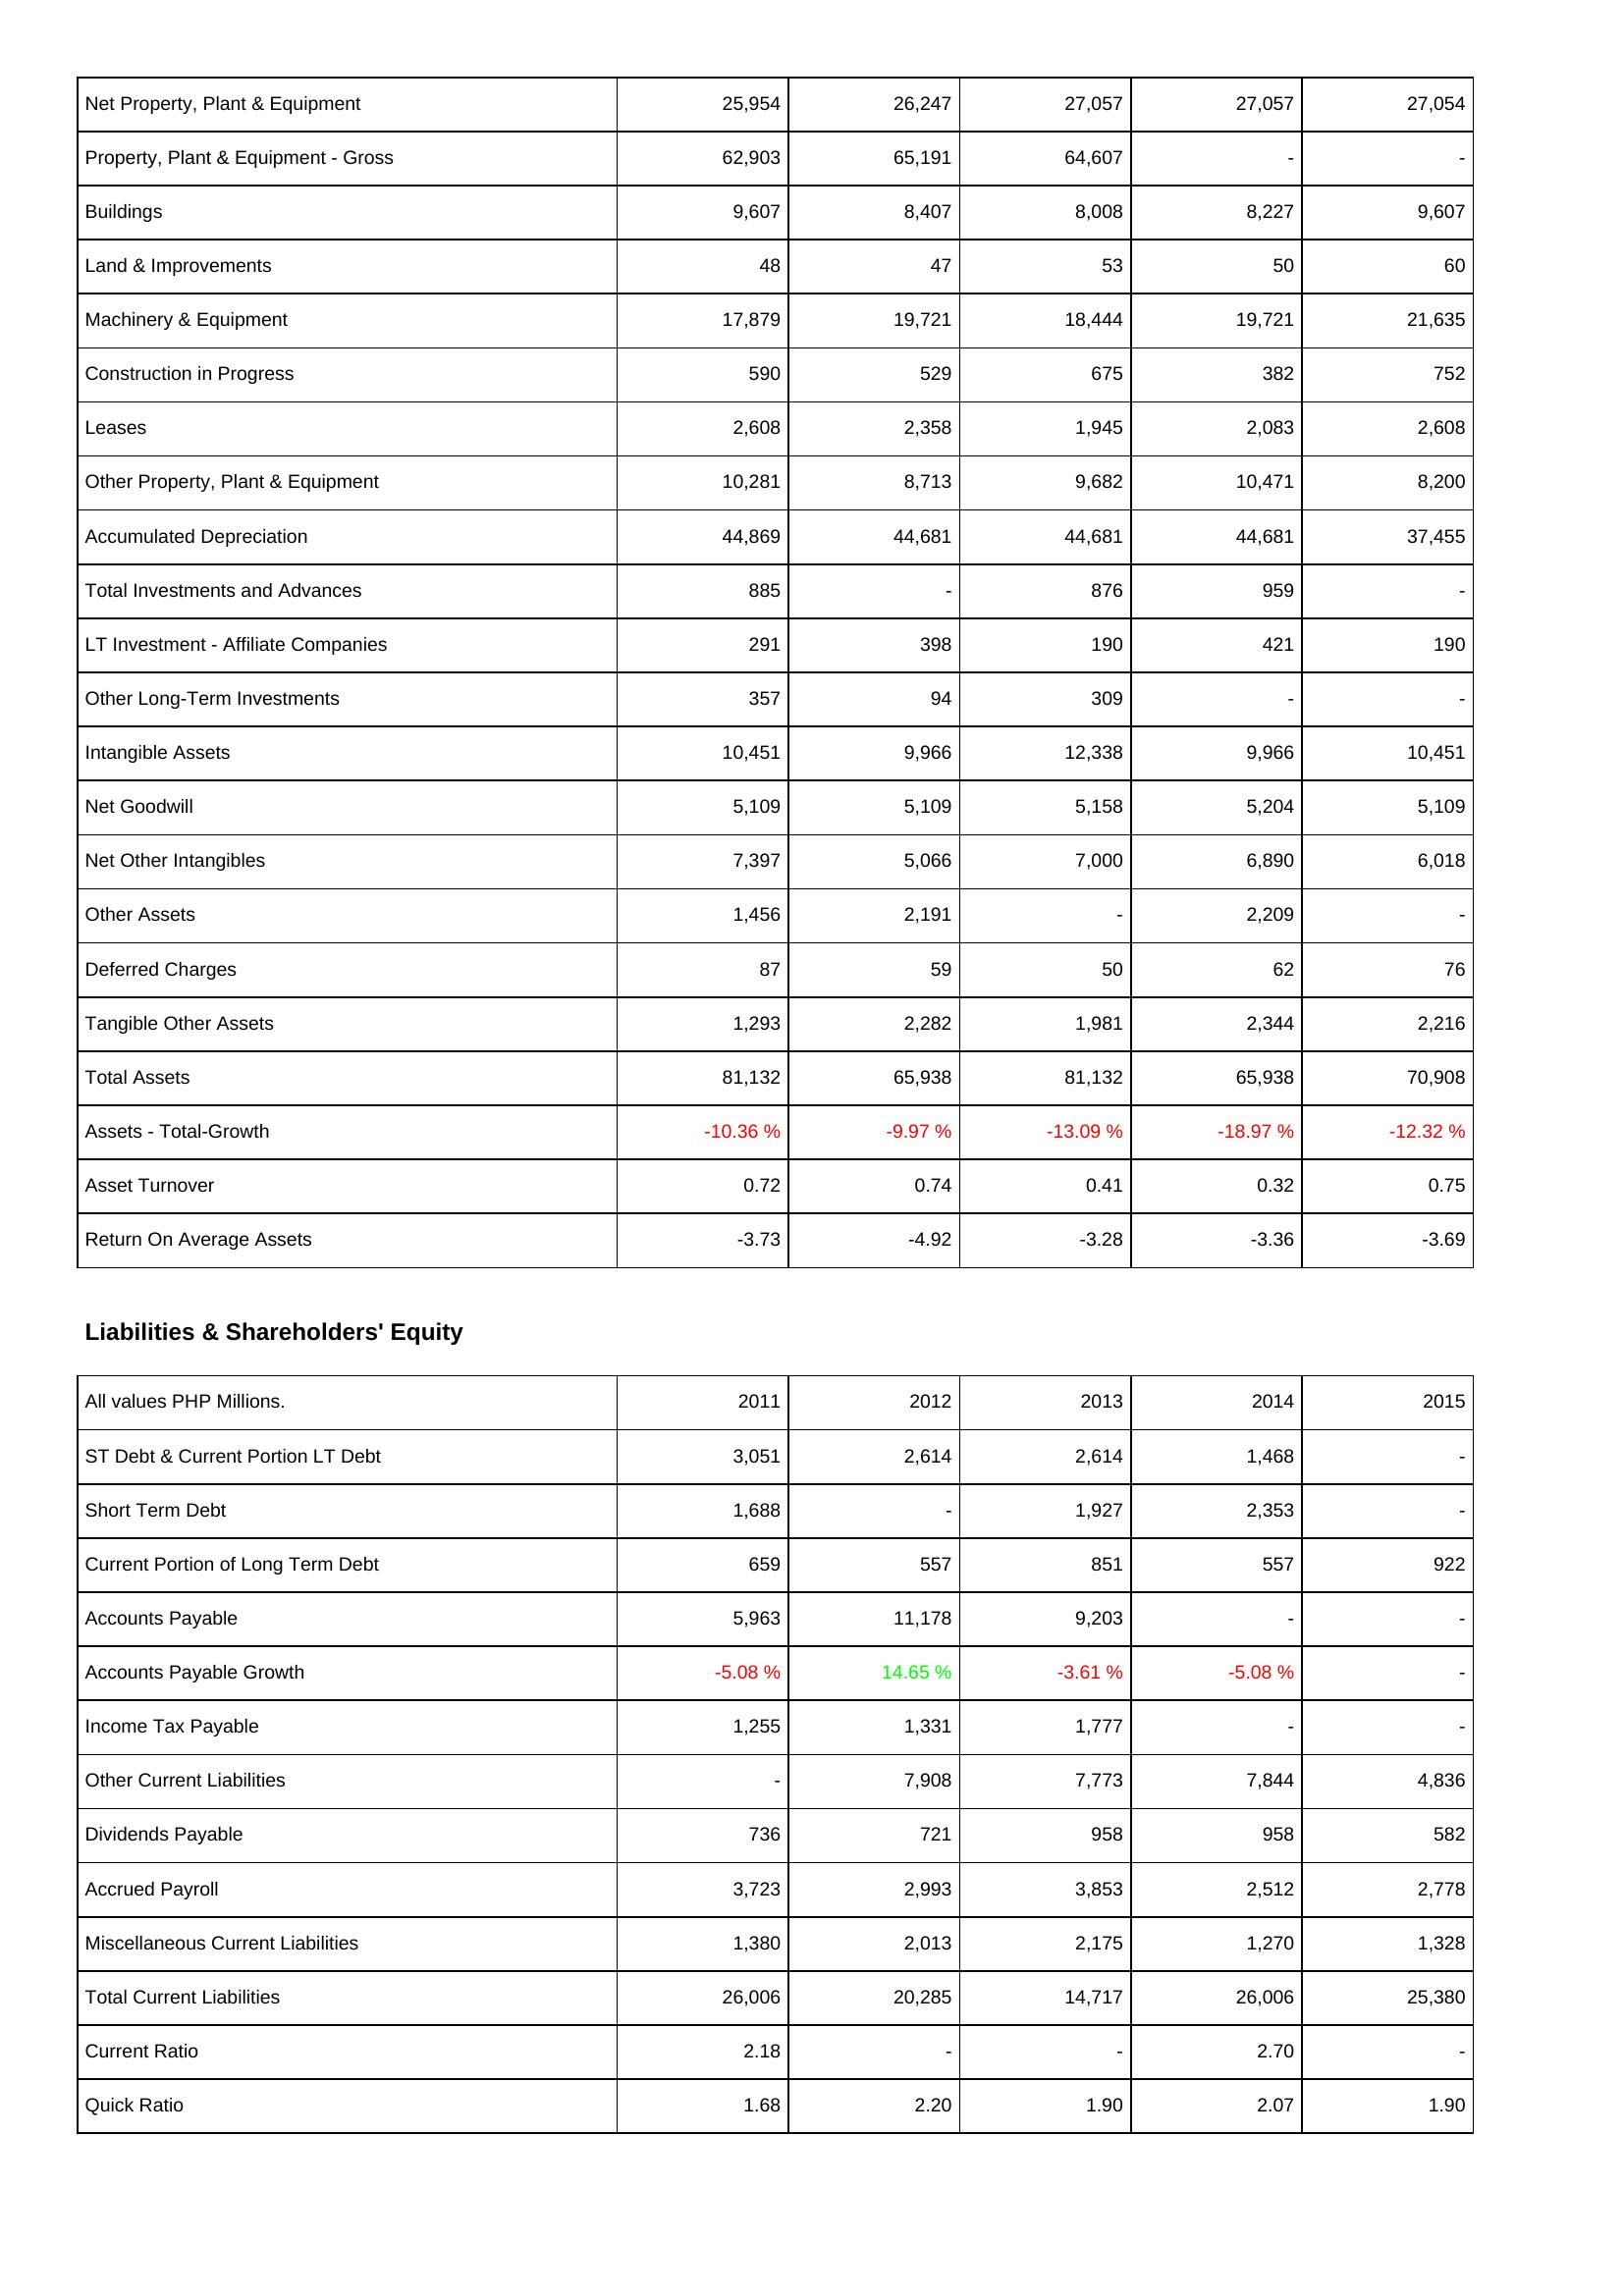
2011: Assets: Net Property, Plant & Equipment: 25,954
Property, Plant & Equipment - Gross: 62,903
Buildings: 9,607
Land & Improvements: 48
Machinery & Equipment: 17,879
Construction in Progress: 590
Leases: 2,608
Other Property, Plant & Equipment: 10,281
Accumulated Depreciation: 44,869
Total Investments and Advances: 885
LT Investment - Affiliate Companies: 291
Other Long-Term Investments: 357
Intangible Assets: 10,451
Net Goodwill: 5,109
Net Other Intangibles: 7,397
Other Assets: 1,456
Deferred Charges: 87
Tangible Other Assets: 1,293
Total Assets: 81,132
Assets - Total-Growth: -10.36 %
Asset Turnover: 0.72
Return On Average Assets: -3.73
Liabilities & Shareholders' Equity: ST Debt & Current Portion LT Debt: 3,051
Short Term Debt: 1,688
Current Portion of Long Term Debt: 659
Accounts Payable: 5,963
Accounts Payable Growth: -5.08 %
Income Tax Payable: 1,255
Other Current Liabilities: -
Dividends Payable: 736
Accrued Payroll: 3,723
Miscellaneous Current Liabilities: 1,380
Total Current Liabilities: 26,006
Current Ratio: 2.18
Quick Ratio: 1.68
2012: Assets: Net Property, Plant & Equipment: 26,247
Property, Plant & Equipment - Gross: 65,191
Buildings: 8,407
Land & Improvements: 47
Machinery & Equipment: 19,721
Construction in Progress: 529
Leases: 2,358
Other Property, Plant & Equipment: 8,713
Accumulated Depreciation: 44,681
Total Investments and Advances: -
LT Investment - Affiliate Companies: 398
Other Long-Term Investments: 94
Intangible Assets: 9,966
Net Goodwill: 5,109
Net Other Intangibles: 5,066
Other Assets: 2,191
Deferred Charges: 59
Tangible Other Assets: 2,282
Total Assets: 65,938
Assets - Total-Growth: -9.97 %
Asset Turnover: 0.74
Return On Average Assets: -4.92
Liabilities & Shareholders' Equity: ST Debt & Current Portion LT Debt: 2,614
Short Term Debt: -
Current Portion of Long Term Debt: 557
Accounts Payable: 11,178
Accounts Payable Growth: 14.65 %
Income Tax Payable: 1,331
Other Current Liabilities: 7,908
Dividends Payable: 721
Accrued Payroll: 2,993
Miscellaneous Current Liabilities: 2,013
Total Current Liabilities: 20,285
Current Ratio: -
Quick Ratio: 2.20
2013: Assets: Net Property, Plant & Equipment: 27,057
Property, Plant & Equipment - Gross: 64,607
Buildings: 8,008
Land & Improvements: 53
Machinery & Equipment: 18,444
Construction in Progress: 675
Leases: 1,945
Other Property, Plant & Equipment: 9,682
Accumulated Depreciation: 44,681
Total Investments and Advances: 876
LT Investment - Affiliate Companies: 190
Other Long-Term Investments: 309
Intangible Assets: 12,338
Net Goodwill: 5,158
Net Other Intangibles: 7,000
Other Assets: -
Deferred Charges: 50
Tangible Other Assets: 1,981
Total Assets: 81,132
Assets - Total-Growth: -13.09 %
Asset Turnover: 0.41
Return On Average Assets: -3.28
Liabilities & Shareholders' Equity: ST Debt & Current Portion LT Debt: 2,614
Short Term Debt: 1,927
Current Portion of Long Term Debt: 851
Accounts Payable: 9,203
Accounts Payable Growth: -3.61 %
Income Tax Payable: 1,777
Other Current Liabilities: 7,773
Dividends Payable: 958
Accrued Payroll: 3,853
Miscellaneous Current Liabilities: 2,175
Total Current Liabilities: 14,717
Current Ratio: -
Quick Ratio: 1.90
2014: Assets: Net Property, Plant & Equipment: 27,057
Property, Plant & Equipment - Gross: -
Buildings: 8,227
Land & Improvements: 50
Machinery & Equipment: 19,721
Construction in Progress: 382
Leases: 2,083
Other Property, Plant & Equipment: 10,471
Accumulated Depreciation: 44,681
Total Investments and Advances: 959
LT Investment - Affiliate Companies: 421
Other Long-Term Investments: -
Intangible Assets: 9,966
Net Goodwill: 5,204
Net Other Intangibles: 6,890
Other Assets: 2,209
Deferred Charges: 62
Tangible Other Assets: 2,344
Total Assets: 65,938
Assets - Total-Growth: -18.97 %
Asset Turnover: 0.32
Return On Average Assets: -3.36
Liabilities & Shareholders' Equity: ST Debt & Current Portion LT Debt: 1,468
Short Term Debt: 2,353
Current Portion of Long Term Debt: 557
Accounts Payable: -
Accounts Payable Growth: -5.08 %
Income Tax Payable: -
Other Current Liabilities: 7,844
Dividends Payable: 958
Accrued Payroll: 2,512
Miscellaneous Current Liabilities: 1,270
Total Current Liabilities: 26,006
Current Ratio: 2.70
Quick Ratio: 2.07
2015: Assets: Net Property, Plant & Equipment: 27,054
Property, Plant & Equipment - Gross: -
Buildings: 9,607
Land & Improvements: 60
Machinery & Equipment: 21,635
Construction in Progress: 752
Leases: 2,608
Other Property, Plant & Equipment: 8,200
Accumulated Depreciation: 37,455
Total Investments and Advances: -
LT Investment - Affiliate Companies: 190
Other Long-Term Investments: -
Intangible Assets: 10,451
Net Goodwill: 5,109
Net Other Intangibles: 6,018
Other Assets: -
Deferred Charges: 76
Tangible Other Assets: 2,216
Total Assets: 70,908
Assets - Total-Growth: -12.32 %
Asset Turnover: 0.75
Return On Average Assets: -3.69
Liabilities & Shareholders' Equity: ST Debt & Current Portion LT Debt: -
Short Term Debt: -
Current Portion of Long Term Debt: 922
Accounts Payable: -
Accounts Payable Growth: -
Income Tax Payable: -
Other Current Liabilities: 4,836
Dividends Payable: 582
Accrued Payroll: 2,778
Miscellaneous Current Liabilities: 1,328
Total Current Liabilities: 25,380
Current Ratio: -
Quick Ratio: 1.90